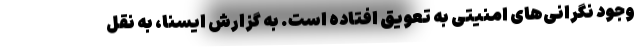
وجود نگرانی‌های امنیتی به تعویق افتاده است. به گزارش ایسنا، به نقل